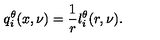
q _ { i } ^ { \theta } ( x , \nu ) = \frac { 1 } { r } l _ { i } ^ { \theta } ( r , \nu ) .